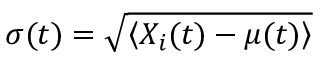
\sigma ( t ) = \sqrt { \left< X _ { i } ( t ) - \mu ( t ) \right> }